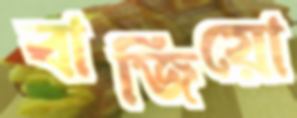
বাজিয়ো